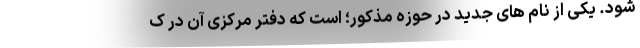
شود. یکی از نام های جدید در حوزه مذکور؛ است که دفتر مرکزی آن در ک